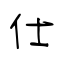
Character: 仕